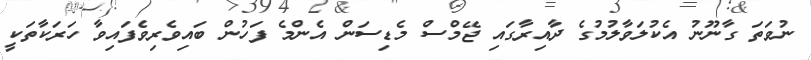
ނުވަތަ ގާނޫނު އެކުލަވާލުމުގެ ދާއިރާގައި ޖޭމްސް މެޑިސަން އެންމެ ފަހުން ބައިވެރިވެފައިވާ ހަރަކާތަކީ